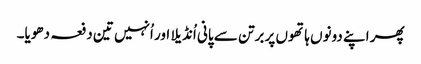
پھر اپنے دونوں ہاتھوں پر برتن سے پانی اُنڈیلا اور اُنہیں تین دفعہ دھویا۔